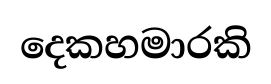
දෙකහමාරකි